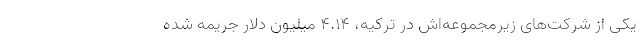
یکی از شرکت‌های زیرمجموعه‌اش در ترکیه، 4.14 میلیون دلار جریمه شده